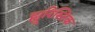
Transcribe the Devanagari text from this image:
ह्यूरिस्टिक